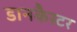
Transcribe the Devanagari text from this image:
डानकैस्टर